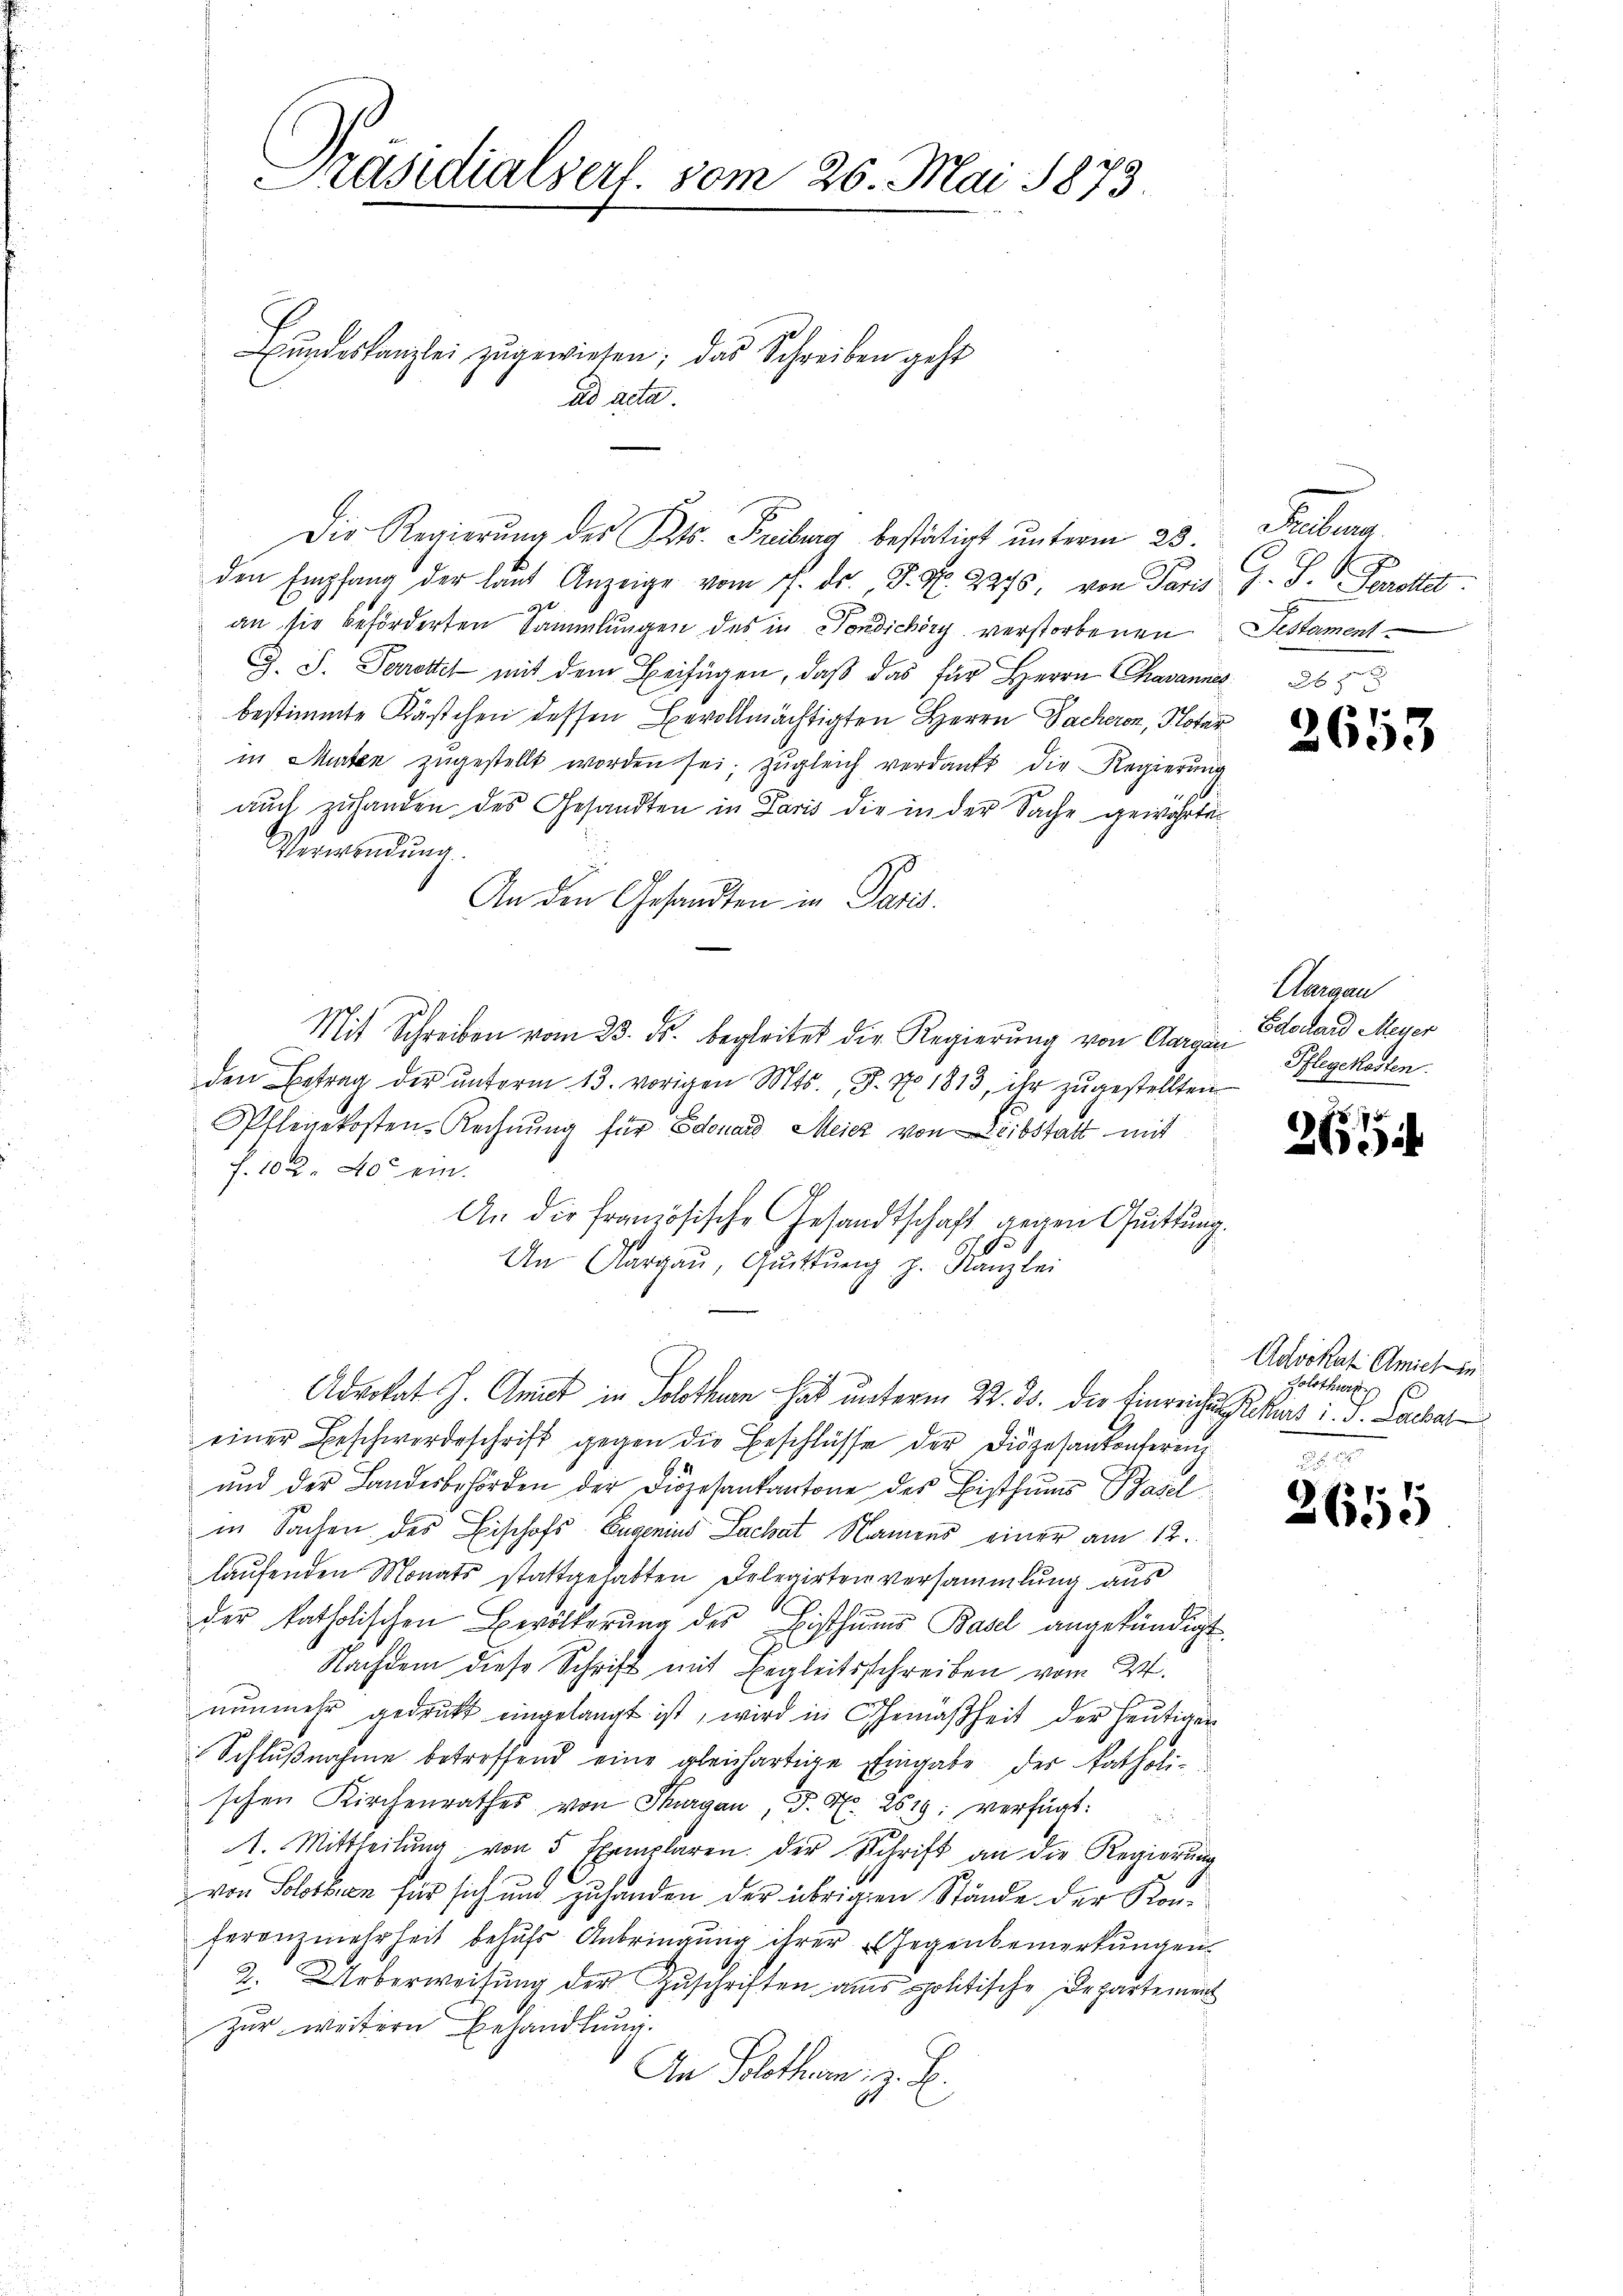
Präsidialsert vom 26. Mai 1873.

Bŭndeskanzlei zugewiesen; das Schreiben geht
Die Regierŭng des Kts. Freiburg bestätigt ŭnterm 23. Freibera
den Empfang der laŭt Anzeige vom 7. Dr. J. N. 22765, von Paris J. J. Porettet:
an sie beförderten Sammlungen des in Fondichöry verstorbenen
G. J. Perrettel mit dem Beifügen, daß das für Herrn Chavannes
bestimmte Kästchen dessen Bevollmächtigten Herrn Sacheren, Notar
in Maten zŭgestellt worden sei; zŭgleich verdankt die Regierŭng
auch zuhanden des Gesandten in Paris die in der Sache gewährter
Verwendung.
An den Gesandten in Paris.
Mit Schreiben vom 23. ds. begleitet die Regierung von Aargau Edouard Meyer
den Betrag der unterm 13. vorigen Mts., S. No 1813, ihr zugestellten
Pflegekosten-Rechnŭng für Edouard Meier von Eibstalt mit
f. 102. 20 ein.
An die französische Gesandtschaft gegen Quittung.
An Aargaŭ, Gŭchtŭng z. Kanzlei
Advokat J. Amiet in Solothurn hat unterm 22. ds. die Einreichungestant i. S. Lackar
einer Beschwerdeschrift gegen die Beschlüsse der Diözesantenfereich
und der Landesbehörden der Diözesankantone des Bisthums Basel
in Sachen des Bischofs Eugenins Lachat Namens einer am 12.
laufenden Monats stattgehabten Delegirten versammlung aus
der katholischen Bevölkerŭng des Bisthums Basel angekündigt
Nachdem diese Schrift mit Begleitsschreiben vom 24.
nunmehr gedruckt eingelangt ist, wird in Gemäßheit der heutigen
Schlußnahme betreffend eine gleichartige Eingabe der katholischen Kirchenrathes von Thurgau, P. Nr. 2619; verfügt:
A. Mittheilŭng von 5 Exemplaren. Der Schrift an die Regierŭng
von Solothurn für sich und zuhanden der übrigen Stände der Konferenzmehrheit behufs Anbringung ihrer Gegenbemerkungen
2. Ueberweisung der Zuschriften aus spolitische Departement
Zur weitern Behandlung.
An Solothur, a. E.
6

ad acta.

Testament

2653

Aargau
Pflegekosten.

26

Advokat Amich in
Holothur

2655